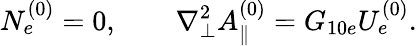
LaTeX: N_{e}^{(0)}=0,\qquad\nabla_{\perp}^{2}A_{\parallel}^{(0)}=G_{10e}U_{e}^{(0)}.